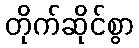
တိုက်ဆိုင်စွာ